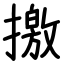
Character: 撽